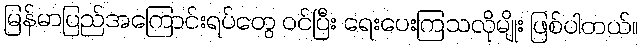
မြန်မာပြည်အကြောင်းရပ်တွေ ဝင်ပြီး ရေးပေးကြသလိုမျိုး ဖြစ်ပါတယ်။